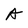
Character: A